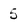
Character: 5